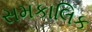
સમકાલિક